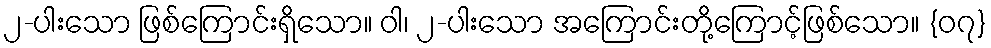
၂-ပါးသော ဖြစ်ကြောင်းရှိသော။ ဝါ၊ ၂-ပါးသော အကြောင်းတို့ကြောင့်ဖြစ်သော။ {၀၇}